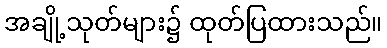
အချို့သုတ်များ၌ ထုတ်ပြထားသည်။